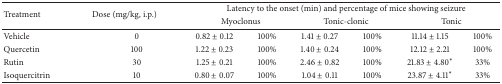
<table><thead><tr><td rowspan="2"><b>Treatment</b></td><td rowspan="2"><b>Dose (mg/kg, i.p.)</b></td><td colspan="6"><b>Latency to the onset (min) and percentage of mice showing seizure</b></td></tr><tr><td colspan="2"><b>Myoclonus</b></td><td colspan="2"><b>Tonic-clonic</b></td><td colspan="2"><b>Tonic</b></td></tr></thead><tbody><tr><td>Vehicle</td><td>0</td><td>0.82 ± 0.12</td><td>100%</td><td>1.41 ± 0.27</td><td>100%</td><td>11.14 ± 1.15</td><td>100%</td></tr><tr><td>Quercetin</td><td>100</td><td>1.22 ± 0.23</td><td>100%</td><td>1.40 ± 0.24</td><td>100%</td><td>12.12 ± 2.21</td><td>100%</td></tr><tr><td>Rutin</td><td>30</td><td>1.25 ± 0.21</td><td>100%</td><td>2.46 ± 0.82</td><td>100%</td><td>21.83 ± 4.80∗</td><td>33%</td></tr><tr><td>Isoquercitrin</td><td>10</td><td>0.80 ± 0.07</td><td>100%</td><td>1.04 ± 0.11</td><td>100%</td><td>23.87 ± 4.11∗</td><td>33%</td></tr></tbody></table>